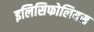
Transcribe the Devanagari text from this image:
इलिसिफोलियस